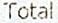
TOTAL